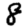
Digit: 8